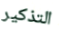
التذكير